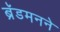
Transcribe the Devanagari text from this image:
ब्रॅडमनने